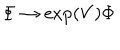
LaTeX: \Phi \rightarrow \exp ( V ) \Phi